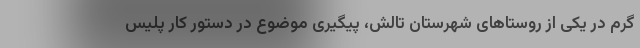
گرم در یکی از روستاهای شهرستان تالش، پیگیری موضوع در دستور کار پلیس